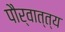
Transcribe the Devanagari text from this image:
पौर्वात्त्य